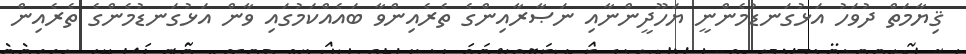
ޤިޔާމަތް ދުވަހު އަޅުގަނޑުމެންނީ ޔަހޫދީންނާއި ނަޞާރާއިންގެ ތެރެއިންވާ ބައެއްކަމުގައި ވާން އަޅުގަނޑުމެންގެ ތެރެއިން